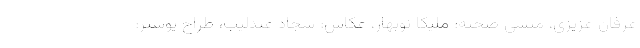
عرفان عزیزی، منشی صحنه: ملیکا نوبهار، عکاس: سجاد عندلیب، طراح پوستر: